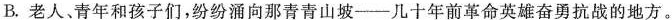
B.老人、青年和孩子们，纷纷涌向那青青山坡--几十年前革命英雄奋勇抗战的地方。